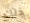
ذلك